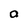
Character: a